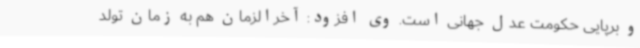
و برپایی حکومت عدل جهانی است. وی افزود: آخرالزمان هم به زمان تولد